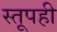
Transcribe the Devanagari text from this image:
स्तूपही